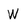
Character: W